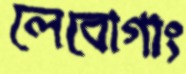
লেবোগাং